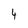
Character: 4